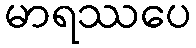
မာရဿပေ